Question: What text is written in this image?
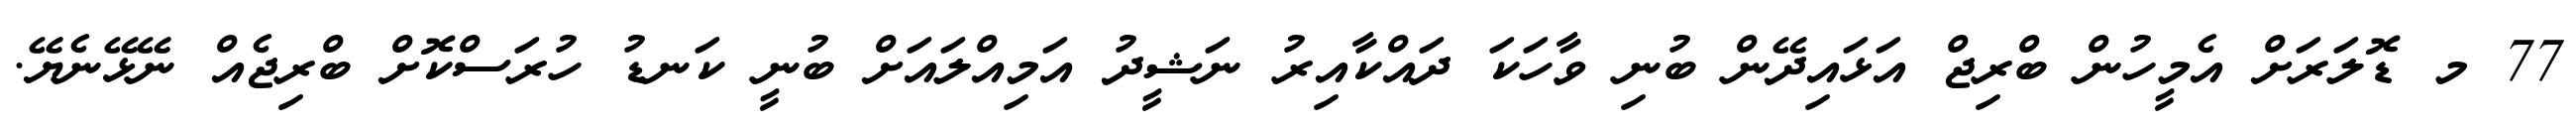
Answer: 77 މ ޑޮލަރަށް އެމީހުން ބްރިޖް އަޅައިދޭން ބުނި ވާހަކަ ދައްކާއިރު ނަޝީދު އަމިއްލައަށް ބުނީ ކަނޑު ހުރަސްކޮށް ބްރިޖެއް ނޭޅޭނެޔޭ.